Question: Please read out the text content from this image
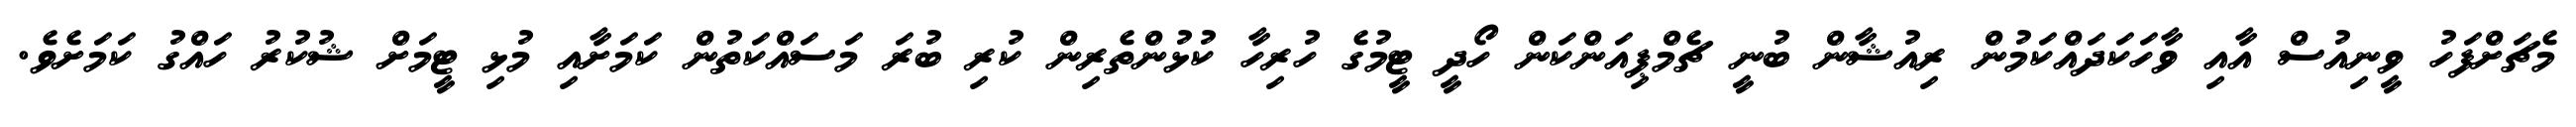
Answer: މެޗަށްފަހު ވީނިއުސް އާއި ވާހަކަދައްކަމުން ރިއުޝާން ބުނީ ޗެމްޕިއަންކަން ހޯދީ ޓީމުގެ ހުރިހާ ކުޅުންތެރިން ކުރި ބުރަ މަސައްކަތުން ކަމަށާއި މުޅި ޓީމަށް ޝުކުރު ހައްގު ކަމަށެވެ.